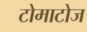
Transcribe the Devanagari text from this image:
टोमाटोज